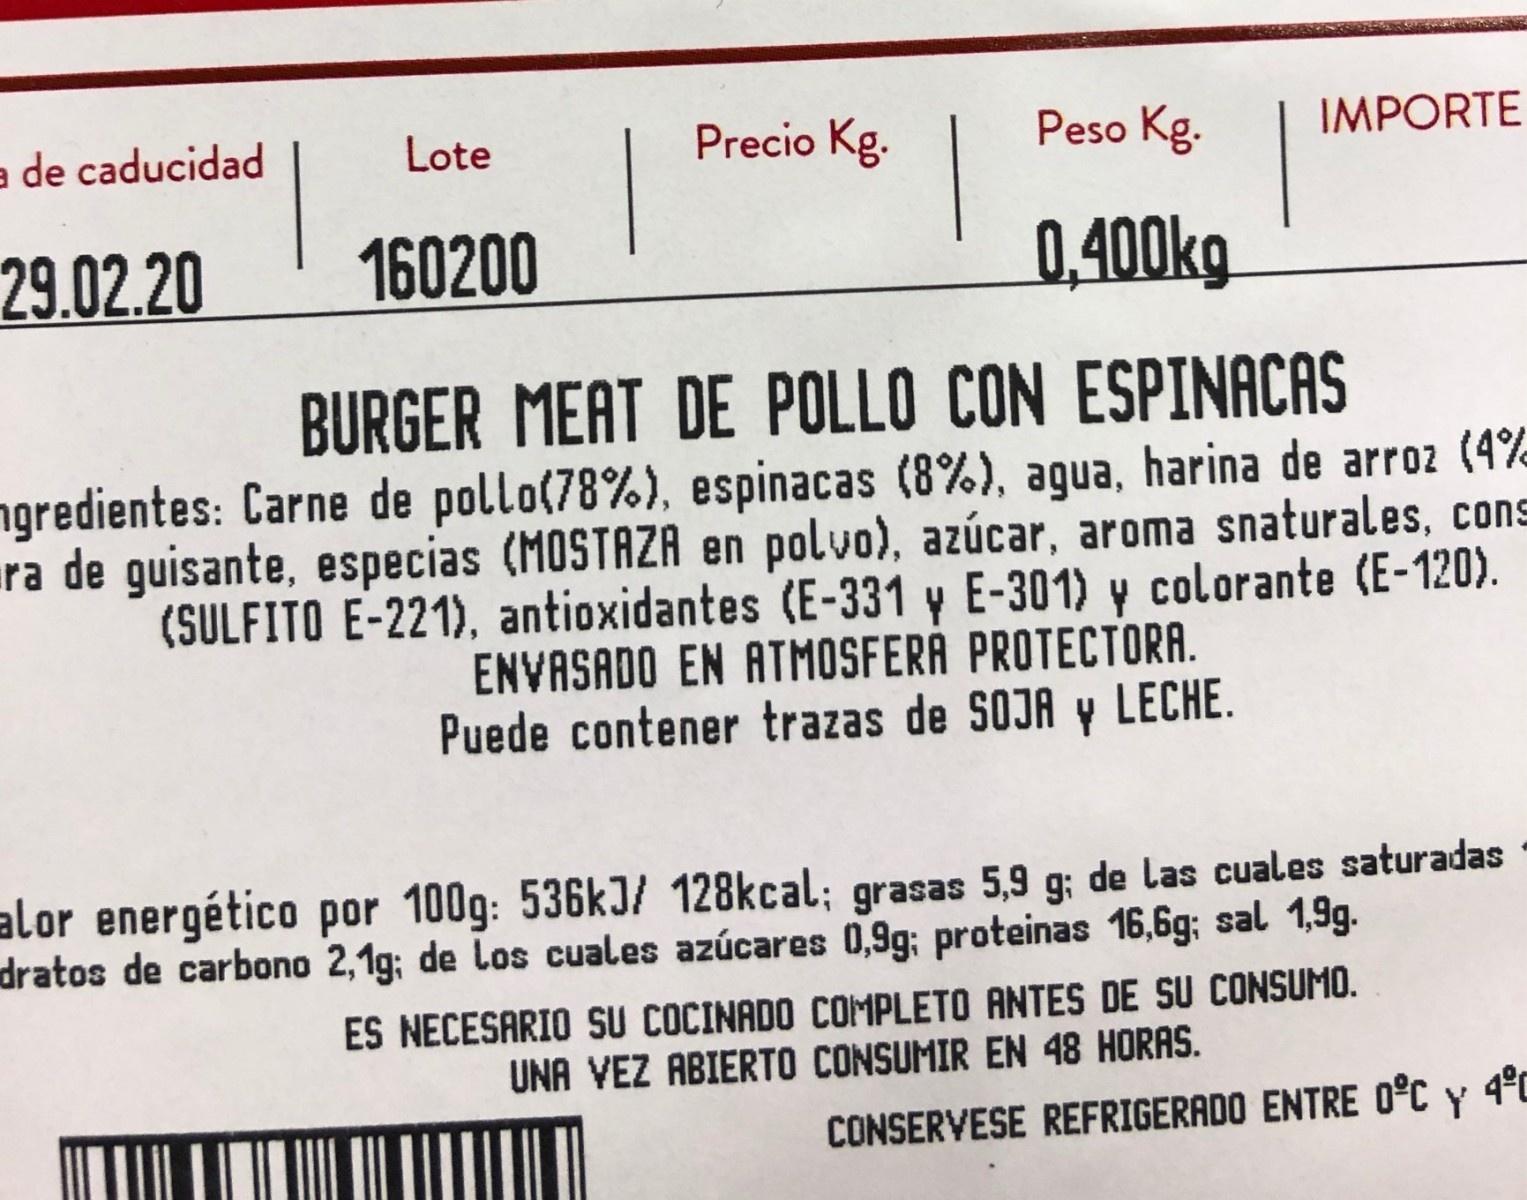
a de caducidad Lote Precio Kg. Peso Kg. IMPORTE 29.02.20 160200 0,400kg BURGER MEAT DE POLLO CON ESPINACAS ngredientes: Carne de pollo(78%), espinacas (8%), agua, harina de arroz (4% ra de guisante, especias (MOSTAZA en polvo), azúcar, aroma snaturales, cons (SULFITO E-221), antioxidantes (E-331 y E-301) y colorante (E-120). ENVASADO EN ATMOSFERA PROTECTORA. Puede contener trazas de SOJA y LECHE. alor energético por 100g: 536kJ/ 128kcal; grasas 5,9 g; de las cuales saturadas dratos de carbono 2,1g; de Los cuales azúcares 0,9g; proteinas 16,6g; sal 1,9g. ES NECESARIO SU COCINADO COMPLETO ANTES DE SU CONSUMO. UNA VEZ ABIERTO CONSUMIR EN 48 HORAS. CONSERVESE REFRIGERADO ENTRE 0°C y 4°0